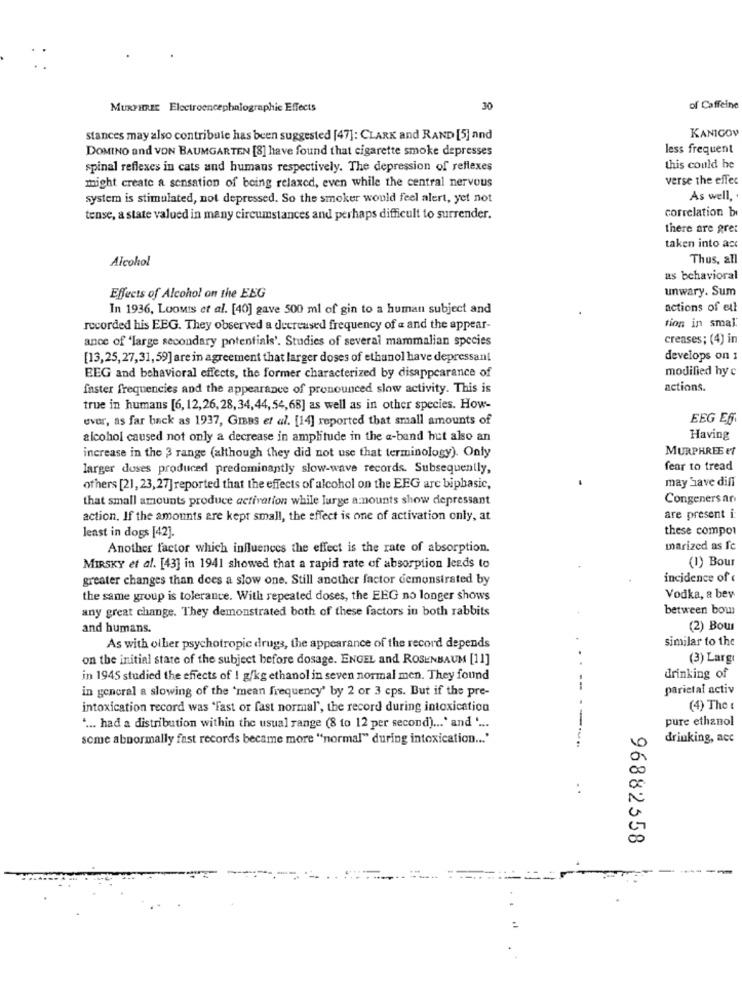
MURPHREE Electroencephalographic Effects
30
of Caffeine
KANIGOV
stances may also contribute has been suggested [47]: CLARK and RAND [5] and
DOMINO and VON BAUMGARTEN [8] have found that cigarette smoke depresses
less frequent
spinal reflexes in cats and humans respectively. The depression of reflexes
this could he
might create a sensation of being relaxed, even while the central nervous
verse the effec
system is stimulated, not depressed. So the smoker would feel alert, yet not
As well, .
correlation bi
tense, a state valued in many circumstances and perhaps difficult to surrender.
there are gret
taken into ast
Alcohol
Thus, all
as behavioral
unwary. Sum
Effects of Alcohol on the EEG
In 1936, Loomis et al. [40] gave 500 ml of gin to a human subject and
actions of ett
tion in smal.
recorded his EEG. They observed a decreased frequency of a and the appear-
ance of 'large secondary potentials'. Studies of several mammalian species
creases; (4) in
[13,25,27,31,59] are in agreement that larger doses of ethanol have depressant
develops on
modified hy c
EEG and behavioral effects, the former characterized by disappearance of
faster frequencies and the appearance of pronounced slow activity. This is
actions.
true in humans [6, 12,26, 28,34,44, 54,68] as well as in other species. How-
ever, as far back as 1937, GIBBS et al. [14] reported that small amounts of
EEG Ef
alcohol caused not only a decrease in amplitude in the a-band but also an
Having
MURPHREE et
increase in the 3 range (although they did not use that terminology). Only
larger duses produced predominantly slow-wave records. Subsequently,
fear to tread
may have diff
others [21, 23,27] reported that the effects of alcohol on the EEG arc bipbasic,
that small amounts produce activation while large amounts show depressant
Congeners an
action. If the amounts are kept small, the effect is one of activation only, at
are present i:
least in dogs [42].
these compor
Another factor which influences the effect is the rate of absorption.
marized as Ic
(1) Bour
MIRSKY et al. [43] in 1941 showed that a rapid rate of absorption leads to
greater changes than does a slow one. Still another factor demonstrated by
incidence of
the same group is tolerance. With repeated doses, the EEG no longer shows
Vodka, a bev
any great change. They demonstrated both of these factors in both rabbits
between bou
and humans.
(2) Bour
similar to the
As with other psychotropic drugs, the appearance of the record depends
on the initial state of the subject before dosage. ENGEL and ROSENBAUM [11]
(3) Largı
in 1945 studied the effects of ! g/kg ethanol in seven normal men. They found
drinking of
in general a slowing of the 'mean frequency' by 2 or 3 eps. But if the pre-
parietal activ
intoxication record was "Fast or fast normal", the record during intoxication
(4) The t
pure ethanol
.... had a distribution within the usual range (8 to 12 per second) ... ' and ' ...
some abnormally fast records became more "normal" during intoxication ... '
drinking, acc
96882558